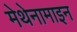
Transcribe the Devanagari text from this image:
मेथेनामाइन